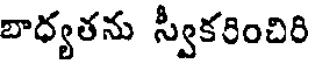
బాధ్యతను స్వీకరించిరి